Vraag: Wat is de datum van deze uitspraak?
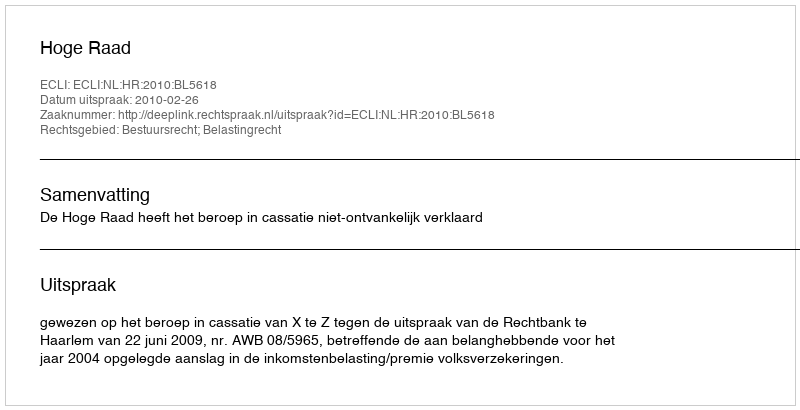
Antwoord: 2010-02-26